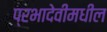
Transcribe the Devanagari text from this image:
प्रभादेवीमधील